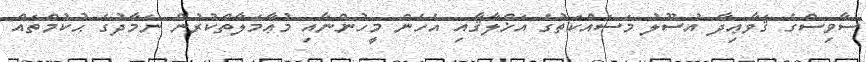
ސާވިސްގެ ޤަވާޢިދާ އުސޫލު މަސައްކަތުގެ އަޚްލާޤާއި އެހެން މީހުންނާއި މުޢާމަލާތްކުރުން ނަމާދުގެ ޙުކުމްތައް